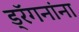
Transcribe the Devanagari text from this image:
ड्रॅगनांना